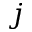
j